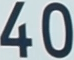
40